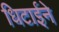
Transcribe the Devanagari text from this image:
धिटाईने